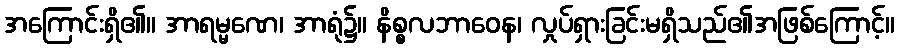
အကြောင်းရှိ၏။ အာရမ္မဏေ၊ အာရုံ၌။ နိစ္စလဘာဝေန၊ လှုပ်ရှားခြင်းမရှိသည်၏အဖြစ်ကြောင့်။